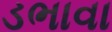
ડભાવા